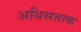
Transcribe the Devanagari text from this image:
अधिसत्ताक